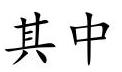
其中